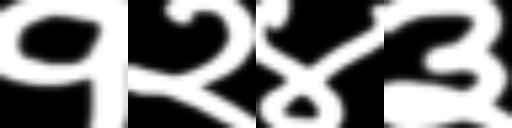
Text: १२४३